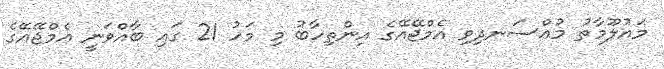
މައުލޫމާތު މުއްސަނދިވި އެމްޖޭއޭގެ އިންތިހާބު މި މަހު 21 ގައި ބާއްވަނީ އެމްޖޭއޭގެ